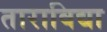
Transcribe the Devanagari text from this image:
ताराविद्या